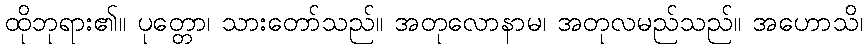
ထိုဘုရား၏။ ပုတ္တော၊ သားတော်သည်။ အတုလောနာမ၊ အတုလမည်သည်။ အဟောသိ၊